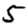
Digit: 5